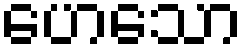
ဟေသော